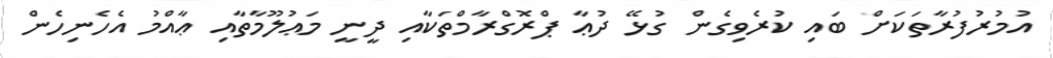
އުމުރުފުރާތަކަށް ބައި ކުރެވިގެން ގުޅޭ ދުޢާ ޕްރޮގްރާމްތަކާއި ދީނީ މަޢުލޫމާތާއި ޢާއްމު އެހެނިހެން